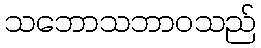
သဘောသဘာဝသည်